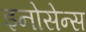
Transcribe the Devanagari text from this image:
इनोसेन्स